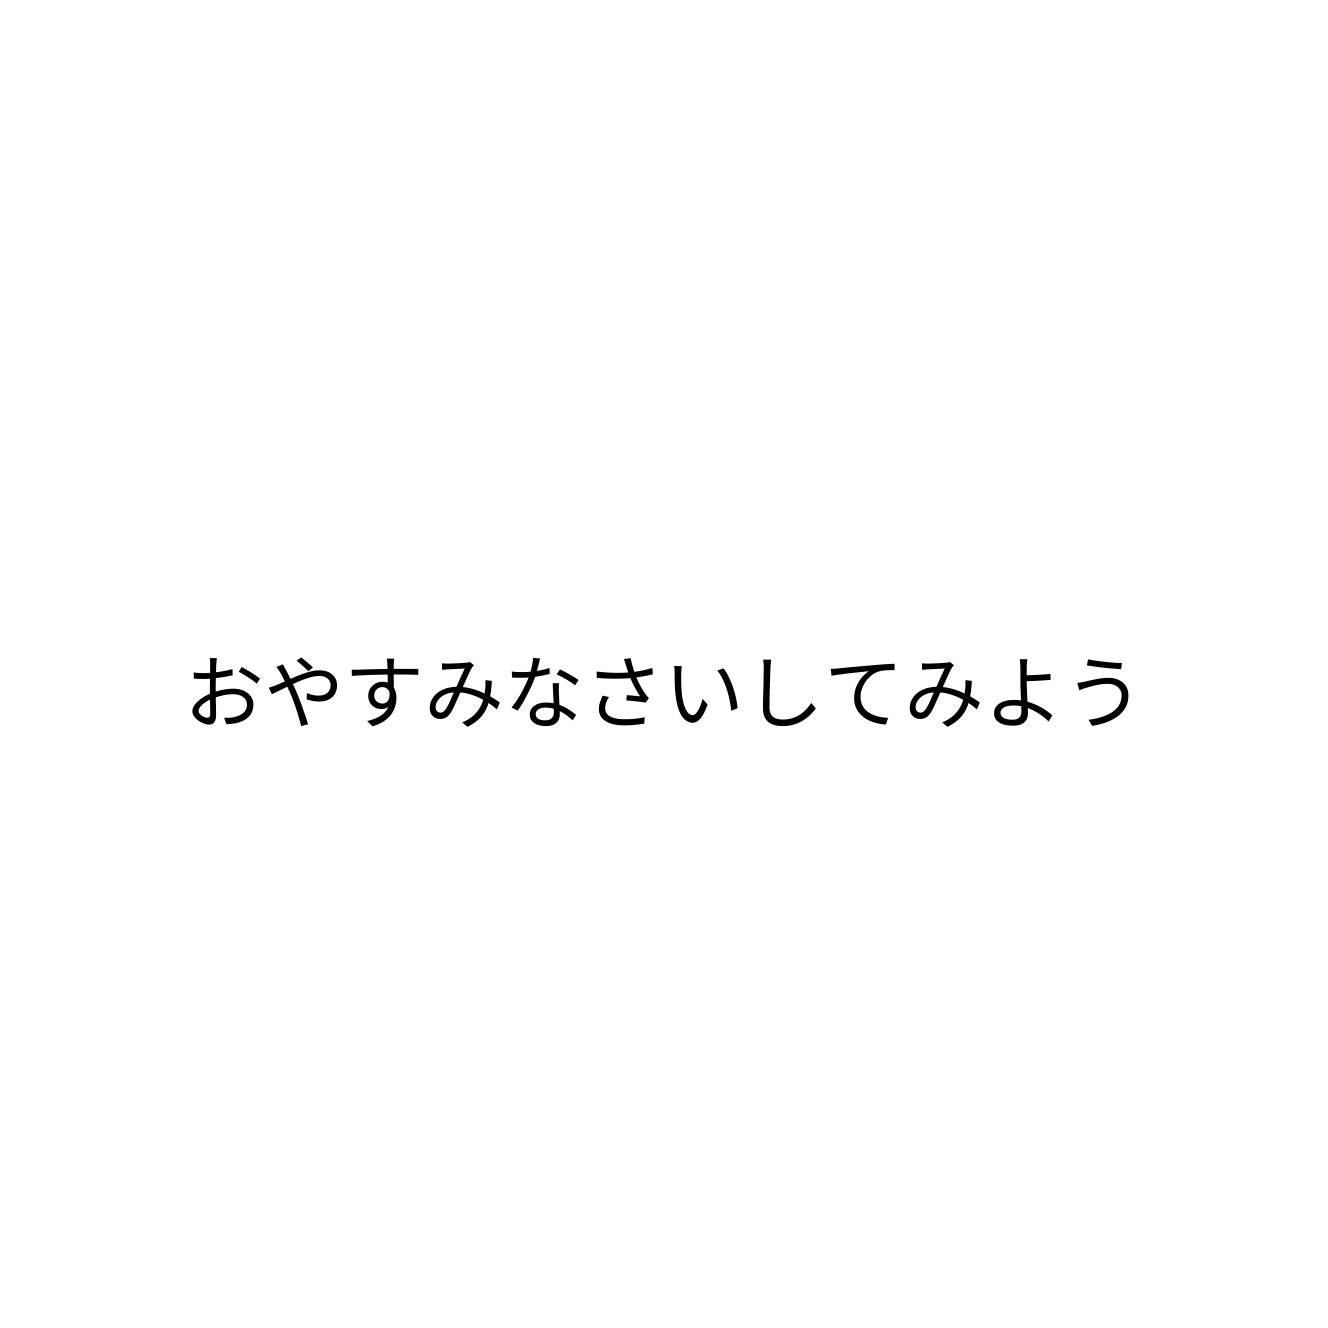
おやすみなさいしてみよう